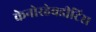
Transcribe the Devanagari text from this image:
केनोरहेबडीटिस